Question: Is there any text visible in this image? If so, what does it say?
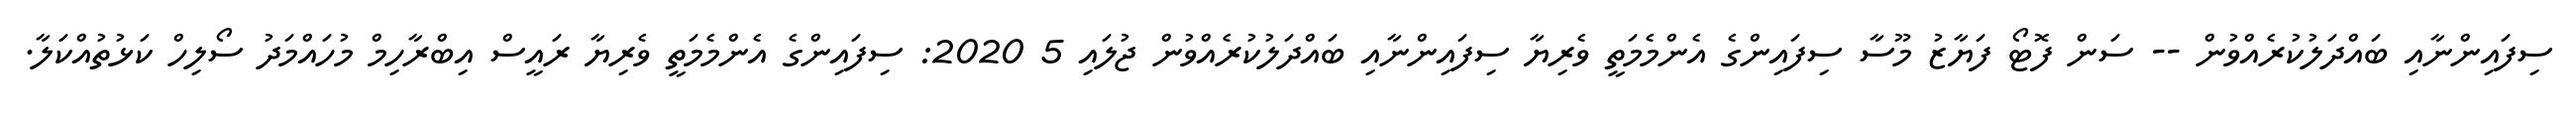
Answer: ސިފައިންނާއި ބައްދަލުކުރެއްވުން -- ސަން ފޮޓޯ ފަޔާޒު މޫސާ ސިފައިންގެ އެންމެމަތީ ވެރިޔާ ސިފައިންނާއި ބައްދަލުކުރެއްވުން ޖުލައި 5 2020: ސިފައިންގެ އެންމެމަތީ ވެރިޔާ ރައީސް އިބްރާހިމް މުހައްމަދު ސޯލިހް ކަޅުތުއްކަލާ.